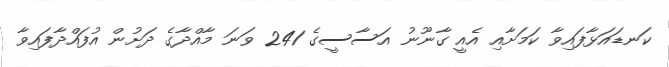
ކަނޑައަޅާފައިވާ ކަމަށާއި އެއީ ގާނޫނު އަސާސީގެ 241 ވަނަ މާއްދާގެ ދަށުން އުފައްދާފައިވާ